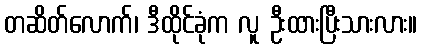
တဆိတ်လောက်၊ ဒီထိုင်ခုံက လူ ဦးထားပြီးသားလား။